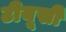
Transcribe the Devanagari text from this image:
टीयूसी